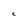
Character: C